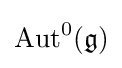
\operatorname {Aut} ^{0}({\mathfrak {g}})